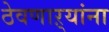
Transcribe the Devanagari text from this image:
ठेवणाऱ्यांना